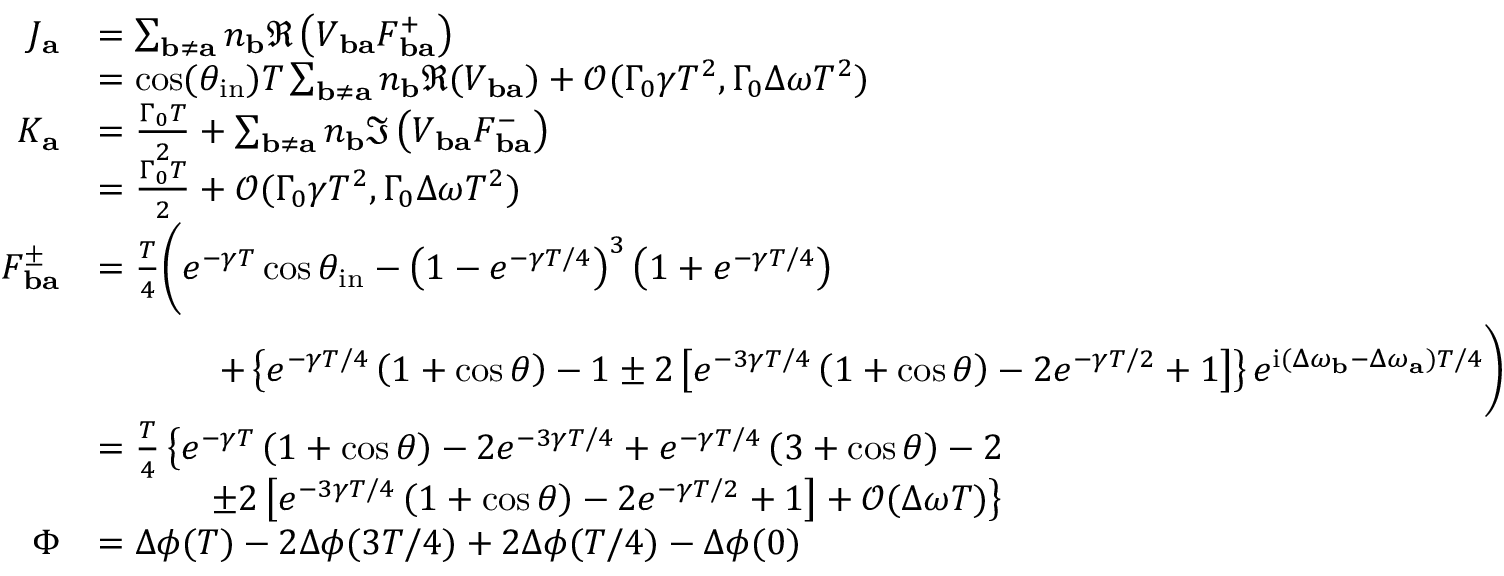
\begin{array} { r l } { J _ { \mathbf { a } } } & { = \sum _ { \mathbf { b } \neq \mathbf { a } } n _ { \mathbf { b } } \Re \left( V _ { \mathbf { b a } } F _ { \mathbf { b a } } ^ { + } \right) } \\ & { = \cos ( \theta _ { \mathrm { i n } } ) T \sum _ { \mathbf { b } \neq \mathbf { a } } n _ { \mathbf { b } } \Re ( V _ { \mathbf { b a } } ) + \mathcal { O } ( \Gamma _ { 0 } \gamma T ^ { 2 } , \Gamma _ { 0 } \Delta \omega T ^ { 2 } ) } \\ { K _ { \mathbf { a } } } & { = \frac { \Gamma _ { 0 } T } { 2 } + \sum _ { \mathbf { b } \neq \mathbf { a } } n _ { \mathbf { b } } \Im \left( V _ { \mathbf { b a } } F _ { \mathbf { b a } } ^ { - } \right) } \\ & { = \frac { \Gamma _ { 0 } T } { 2 } + \mathcal { O } ( \Gamma _ { 0 } \gamma T ^ { 2 } , \Gamma _ { 0 } \Delta \omega T ^ { 2 } ) } \\ { F _ { \mathbf { b a } } ^ { \pm } } & { = \frac { T } { 4 } \boldsymbol { \Bigg ( } e ^ { - \gamma T } \cos \theta _ { \mathrm { i n } } - \left( 1 - e ^ { - \gamma T / 4 } \right) ^ { 3 } \left( 1 + e ^ { - \gamma T / 4 } \right) } \\ & { \qquad \quad ~ + \left\{ e ^ { - \gamma T / 4 } \left( 1 + \cos \theta \right) - 1 \pm 2 \left[ e ^ { - 3 \gamma T / 4 } \left( 1 + \cos \theta \right) - 2 e ^ { - \gamma T / 2 } + 1 \right] \right\} e ^ { \mathrm { i } ( \Delta \omega _ { \mathbf { b } } - \Delta \omega _ { \mathbf { a } } ) T / 4 } \boldsymbol { \Bigg ) } } \\ & { = \frac { T } { 4 } \left\{ e ^ { - \gamma T } \left( 1 + \cos \theta \right) - 2 e ^ { - 3 \gamma T / 4 } + e ^ { - \gamma T / 4 } \left( 3 + \cos \theta \right) - 2 \right. } \\ & { \qquad \quad \left. \pm 2 \left[ e ^ { - 3 \gamma T / 4 } \left( 1 + \cos \theta \right) - 2 e ^ { - \gamma T / 2 } + 1 \right] + \mathcal { O } ( \Delta \omega T ) \right\} } \\ { \Phi } & { = \Delta \phi ( T ) - 2 \Delta \phi ( 3 T / 4 ) + 2 \Delta \phi ( T / 4 ) - \Delta \phi ( 0 ) } \end{array}